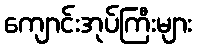
ကျောင်းအုပ်ကြီးများ